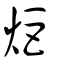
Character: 炬